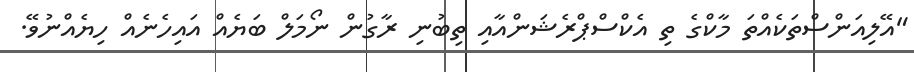
"އޭލިއަންސްތަކެއްތަ މާކްގެ ތި އެކްސްޕްރެޝަންއާއި ތިބުނި ރާގުން ނޯމަލް ބަޔެއް އައިހެނެއް ހިޔެއްނުވޭ.